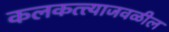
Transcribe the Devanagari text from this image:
कलकत्त्याजवळील